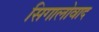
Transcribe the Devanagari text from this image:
सिगालोवाद